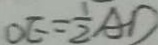
O E = \frac { 1 } { 2 } A D